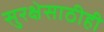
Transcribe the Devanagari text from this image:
सुरक्षेसाठीही